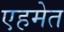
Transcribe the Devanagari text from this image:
एहमेत